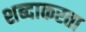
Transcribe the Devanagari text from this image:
शब्दाकरता